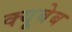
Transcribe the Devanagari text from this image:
क्यूबेब